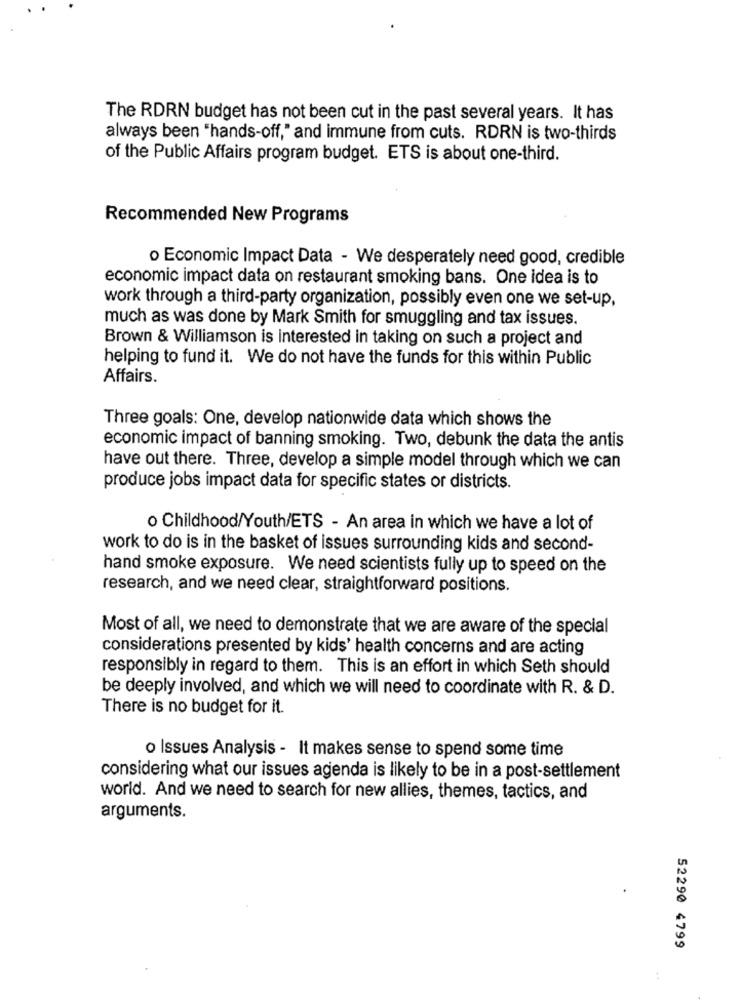
The RDRN budget has not been cut in the past several years. It has
always been "hands-off," and immune from cuts. RDRN is two-thirds
of the Public Affairs program budget. ETS is about one-third.
Recommended New Programs
o Economic Impact Data - We desperately need good, credible
economic impact data on restaurant smoking bans. One idea is to
work through a third-party organization, possibly even one we set-up,
much as was done by Mark Smith for smuggling and tax issues.
Brown & Williamson is interested in taking on such a project and
helping to fund it. We do not have the funds for this within Public
Affairs.
Three goals: One, develop nationwide data which shows the
economic impact of banning smoking. Two, debunk the data the antis
have out there. Three, develop a simple model through which we can
produce jobs impact data for specific states or districts.
o Childhood/Youth/ETS - An area in which we have a lot of
work to do is in the basket of issues surrounding kids and second-
hand smoke exposure. We need scientists fully up to speed on the
research, and we need clear, straightforward positions.
Most of all, we need to demonstrate that we are aware of the special
considerations presented by kids' health concerns and are acting
responsibly in regard to them. This is an effort in which Seth should
be deeply involved, and which we will need to coordinate with R. & D.
There is no budget for it.
o Issues Analysis - It makes sense to spend some time
considering what our issues agenda is likely to be in a post-settlement
world. And we need to search for new allies, themes, tactics, and
arguments.
52290 4799